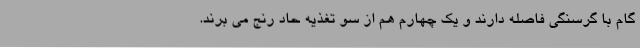
گام با گرسنگی فاصله دارند و یک چهارم هم از سو تغذیه حاد رنج می برند.